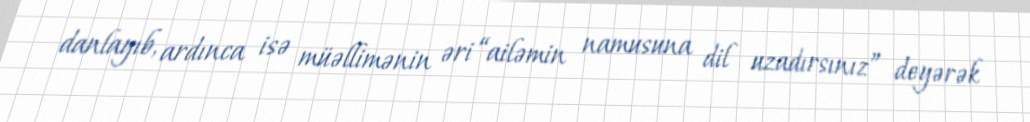
danlayıb, ardınca isə müəllimənin əri “ailəmin namusuna dil uzadırsınız” deyərək